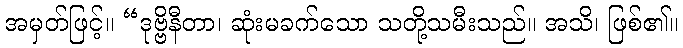
အမှတ်ဖြင့်။ “ဒုဗ္ဗိနီတာ၊ ဆုံးမခက်သော သတို့သမီးသည်။ အသိ၊ ဖြစ်၏။